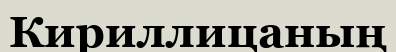
Кириллицаның